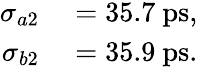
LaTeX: \begin{array}{rl}{\sigma_{a2}}&{{}=35.7~\mathrm{ps},}\\ {\sigma_{b2}}&{{}=35.9~\mathrm{ps}.}\end{array}